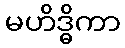
မဟိဒ္ဓိကာ